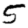
Digit: 5